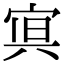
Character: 𭓿